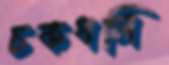
চকধলি